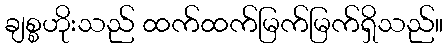
ချစ္စဟိုးသည် ထက်ထက်မြက်မြက်ရှိသည်။